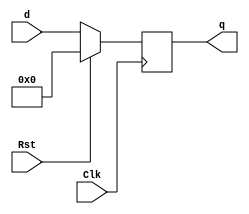
`timescale 1ns / 1ps
//////////////////////////////////////////////////////////////////////////////////
// Name: Andrew Camps, Jason Tran, Steve Miller
// Project: Project 1
// Description: Register
//////////////////////////////////////////////////////////////////////////////////


module REG(d, Clk, Rst, q);

    parameter DATAWIDTH = 8;

    input Clk, Rst;
    input [DATAWIDTH - 1:0] d;
    
    output reg [DATAWIDTH - 1:0] q;
    
    always @(posedge Clk) begin
        if(Rst)
            q <= 0;
        else
            q <= d;
    end
    
endmodule